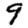
Digit: 9